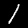
Digit: 1